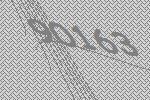
90163